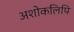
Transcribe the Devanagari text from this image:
अशोकलिपि